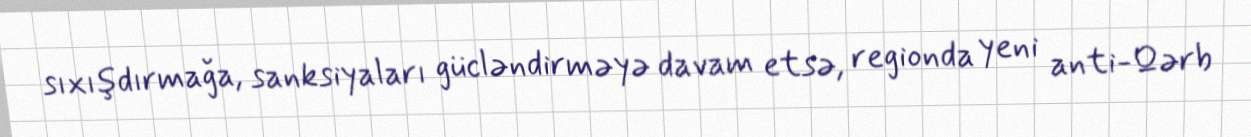
sıxışdırmağa, sanksiyaları gücləndirməyə davam etsə, regionda yeni anti-Qərb